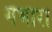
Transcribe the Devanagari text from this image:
गभारा